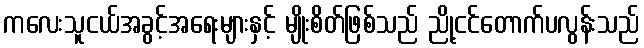
ကလေးသူငယ်အခွင့်အရေးများနှင့် မျိုးစိတ်ဖြစ်သည် ညို့ငင်တောက်ပလွန်းသည်